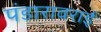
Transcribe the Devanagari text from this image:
पंडारावराई